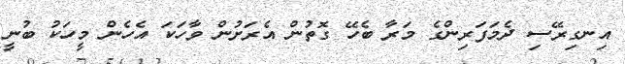
އިނގިރޭސި ދެމަފަރިންގެ މަރާ ބެހޭ ގޮތުން އެރަށުން ވާހަކަ އެހެން މީހަކު ބުނީ